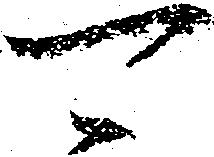
可